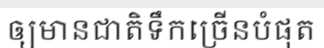
ឲ្យមានជាតិទឹកច្រើនបំផុត